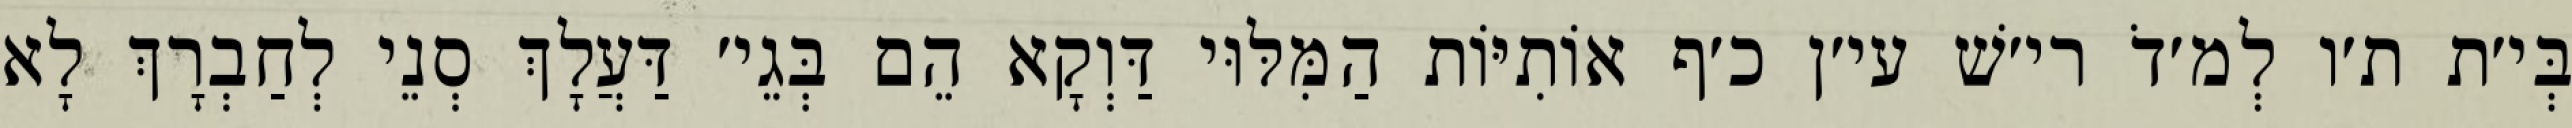
בְּי׳ת ת׳ו לְמ׳דֹ רי׳שׁ עי׳ן כ׳ף אוֹתִיּוֹת הַמִּלּוּי דַּוְקָא הֵם בְּגֵי׳ דַּעֲלָךְ סְנֵי לְחַבְרָךְ לָא